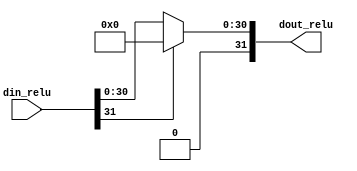
module relu(din_relu,dout_relu);
input [31:0] din_relu;
output reg [31:0] dout_relu;
    assign dout_relu = (din_relu[31] == 0)? din_relu : 0;   //if the sign bit is high, send zero on the output else send the input
endmodule